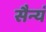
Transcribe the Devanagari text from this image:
सैन्यं